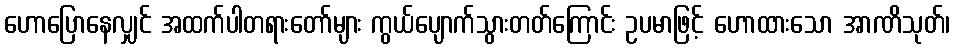
ဟောပြောနေလျှင် အထက်ပါတရားတော်များ ကွယ်ပျောက်သွားတတ်ကြောင်း ဥပမာဖြင့် ဟောထားသော အာဏိသုတ်၊